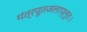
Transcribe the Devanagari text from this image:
मंत्रपूतजलाप्लुतः।